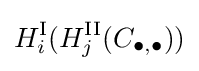
H_{i}^{\textrm {I}}(H_{j}^{\textrm {II}}(C_{\bullet ,\bullet }))